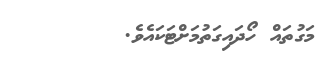
މަގުތައް ހޯދައިގަތުމަށްޓަކައެވެ.